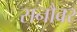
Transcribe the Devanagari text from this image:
सनौवर